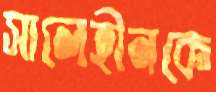
সালেহীনকে